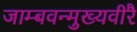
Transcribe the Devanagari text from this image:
जाम्बवन्मुख्यवीरै